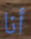
أنا